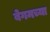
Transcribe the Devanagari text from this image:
बेगमच्या